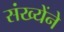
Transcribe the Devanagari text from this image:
संख्येंने